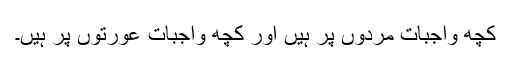
کچھ واجبات مردوں پر ہیں اور کچھ واجبات عورتوں پر ہیں۔